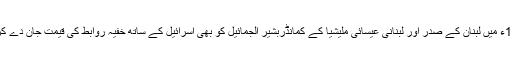
سادات کے قتل کے ایک برس بعد یعنی 1982ء میں لبنان کے صدر اور لبنانی عیسائی ملیشیا کے کمانڈربشیر الجمائیل کو بھی اسرائیل کے ساتھ خفیہ روابط کی قیمت جان دے کراداکرنا پڑی یہ سلسلہ بعد میں بھی جاری رہا۔